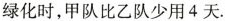
绿化时，甲队比乙队少用4天.